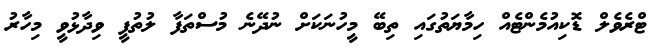
ޓްރެވެލް ޑޮކިއުމެންޓެއް ހިމާޔަތުގައި ތިބޭ މީހުނަކަށް ނުދޭނެ މުސްތަފާ ލުތުފީ ވިދާޅުވީ މިހާރު